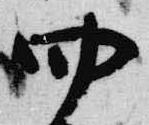
四